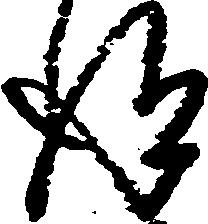
得